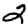
Digit: 2